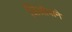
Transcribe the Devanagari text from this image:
जिओवाने